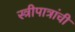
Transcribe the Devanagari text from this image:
स्त्रीपात्रांची